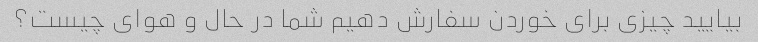
بیایید چیزی برای خوردن سفارش دهیم شما در حال و هوای چیست؟